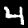
Digit: 4